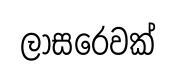
ලාසරෙවක්